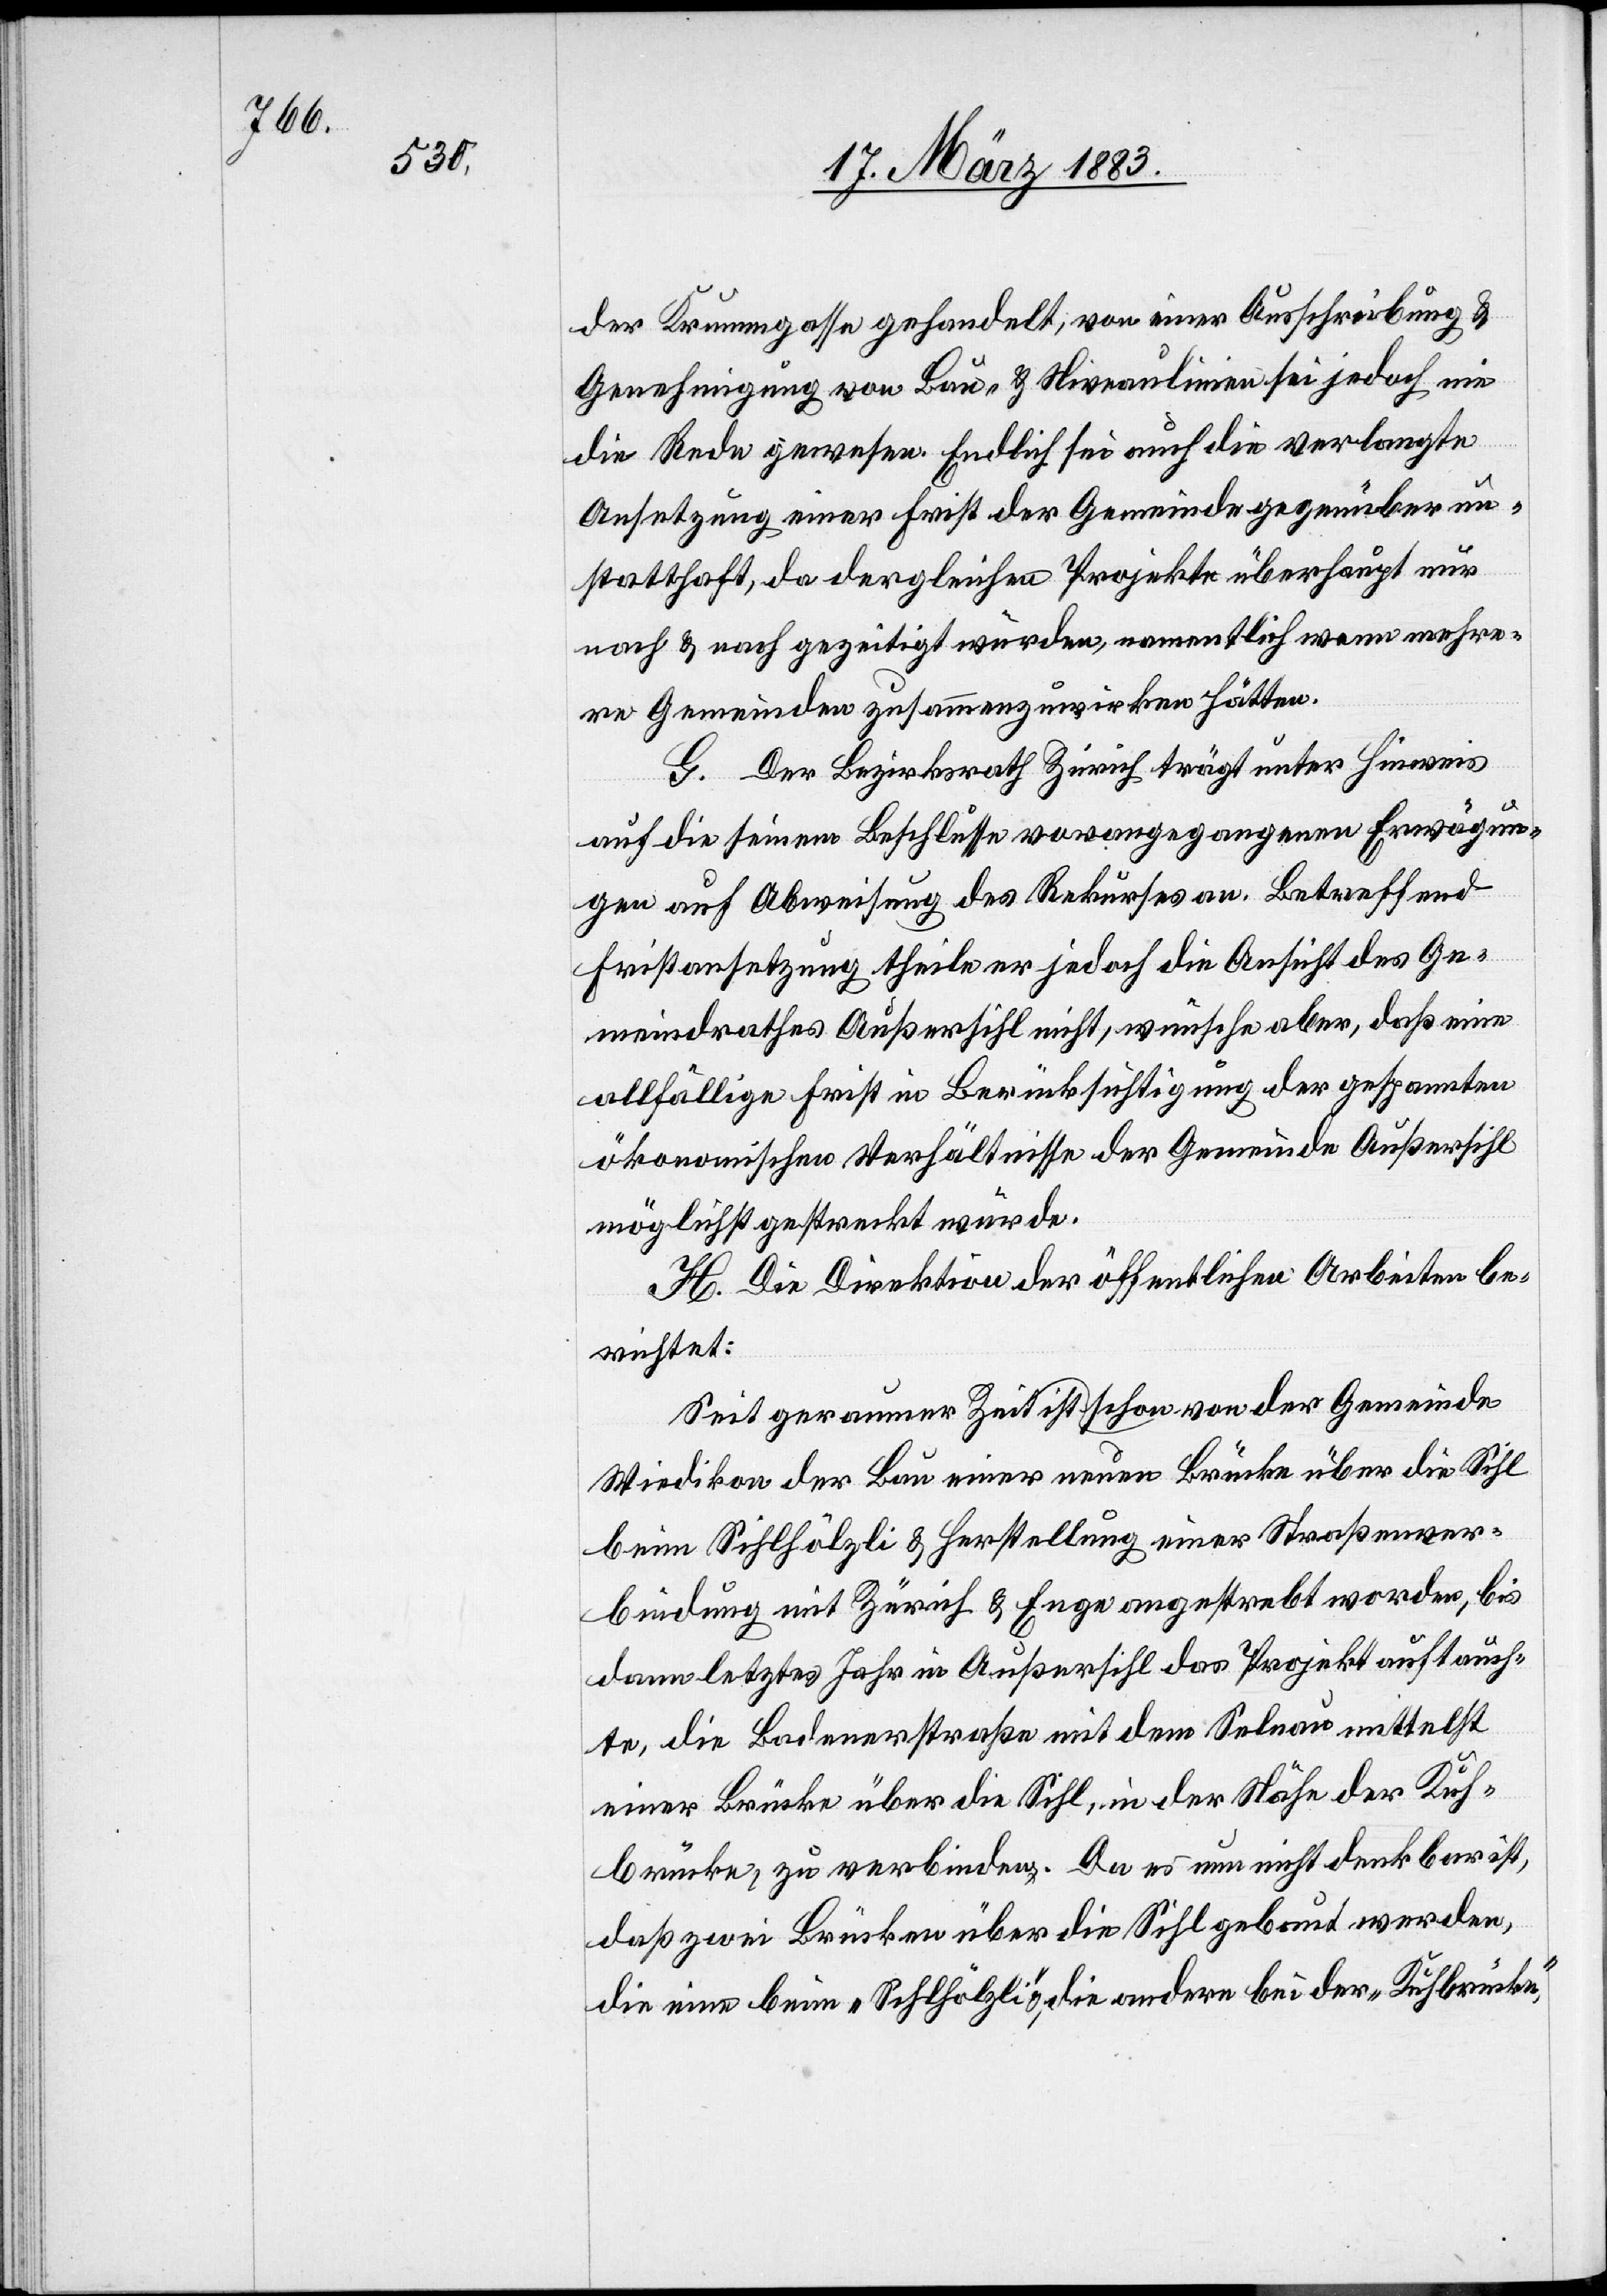
der Krummgasse gehandelt; von einer Ausschreibung &
Genehmigung von Bau- & Niveaulinien sei jedoch nie
die Rede gewesen. Endlich sei auch die verlangte
Ansetzung einer Frist der Gemeinde gegenüber un¬
statthaft, da dergleichen Projekte überhaupt nur
nach & nach gezeitigt würden, namentlich wenn mehre¬
re Gemeinden zusammenzuwirken hätten.
G. Der Bezirksrath Zürich trägt unter Hinweis
auf die seinem Beschlusse vorangegangenen Erwägun¬
gen auf Abweisung des Rekurses an. Betreffend
Fristansetzung theile er jedoch die Ansicht des Ge¬
meindrathes Außersihl nicht, wünsche aber, daß eine
allfällige Frist in Berücksichtigung der gespannten
ökonomischen Verhältnisse der Gemeinde Außersihl
möglichst gestreckt würde.
H. Die Direktion der öffentlichen Arbeiten be¬
richtet:
Seit geraumer Zeit ist schon [?schon ist] von der Gemeinde
Wiedikon der Bau einer neuen Brücke über die Sihl
beim Sihlhölzli & Herstellung einer Straßenver¬
bindung mit Zürich & Enge angestrebt worden, bis
dann letztes Jahr in Außersihl das Projekt auftauch¬
te, die Badenerstraße mit dem Selnau mittelst
einer Brücke über die Sihl, in der Nähe der Kuh¬
brücke, zu verbinden. Da es nun nicht denkbar ist,
daß zwei Brücken über die Sihl gebaut werden,
die eine beim „Sihlhölzli“, & die andere bei der „Kuhbrücke“,